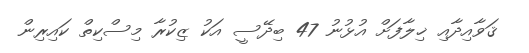
ޤަވާއިދާއި ޚިލާފަށް އުޅުނު 47 ބިދޭސީ އަކު ޒިކުރާ މިސްކިތް ކައިރިން